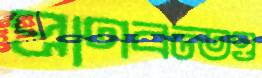
প্রাণবন্তও